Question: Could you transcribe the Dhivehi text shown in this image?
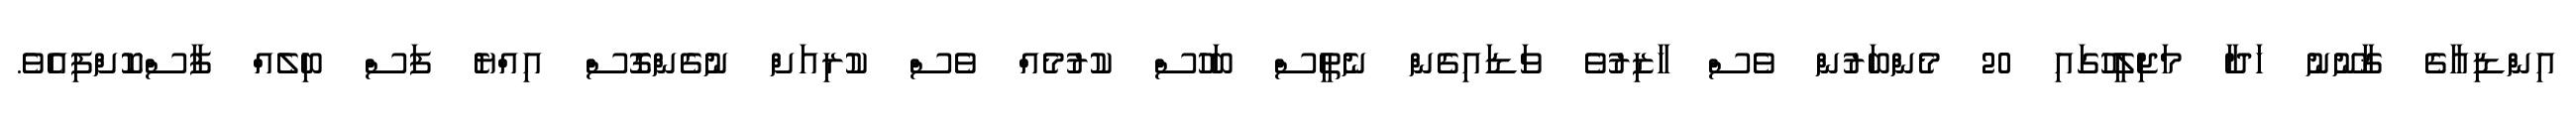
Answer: އިންޑިއާގެ ޤާނޫނު ހަދާ މަޖިލީހުގައި 20 މެންބަރުން ވެސް ހާޒިރުވެ ވަޑައިގެން ނެތީސް ބަހުސް ކުރުމެއް ވެސް ކުރިއަށް ނުގެންގޮސް އިއްޔެ ފަސް ބިލެއް ފާސްކޮށްފިއެވެ.